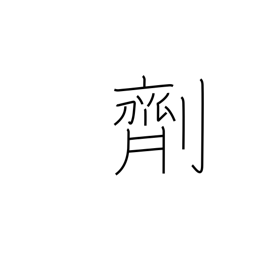
Meaning: drug